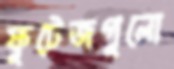
ফুটেজগুলো